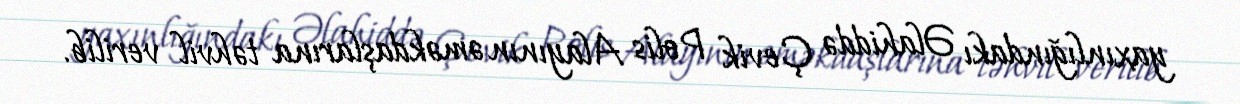
yaxınlığındakı Əlahiddə Çevik Polis Alayının əməkdaşlarına təhvil verilib.